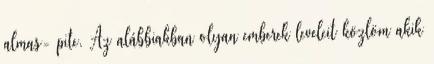
almas- pite. Az alábbiakban olyan emberek leveleit közlöm akik